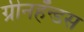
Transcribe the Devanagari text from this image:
ग्रीनहँन्डस